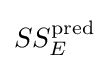
SS_{E}^{\text{pred}}